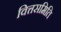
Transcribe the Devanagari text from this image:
वित्तसमिति